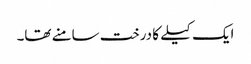
ایک کیلے کا درخت سامنے تھا۔